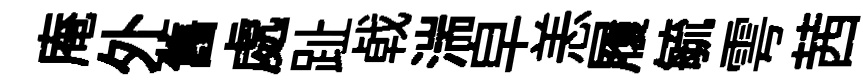
庵外舊處趾㦸湍皁恙履毓雩茜